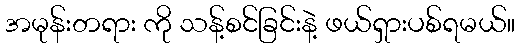
အမုန်းတရား ကို သန့်စင်ခြင်းနဲ့ ဖယ်ရှားပစ်ရမယ်။